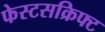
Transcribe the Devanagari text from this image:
फेस्टसक्रिफ्ट